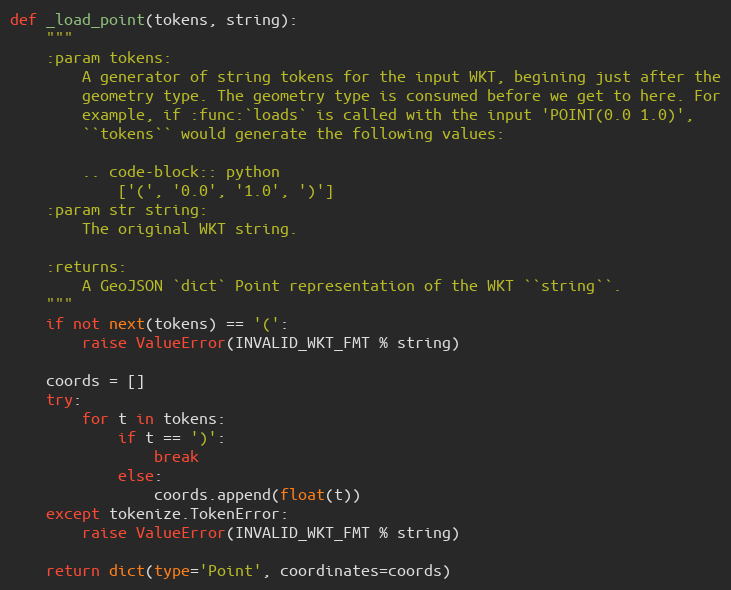
Language: Python
def _load_point(tokens, string):
    """
    :param tokens:
        A generator of string tokens for the input WKT, begining just after the
        geometry type. The geometry type is consumed before we get to here. For
        example, if :func:`loads` is called with the input 'POINT(0.0 1.0)',
        ``tokens`` would generate the following values:

        .. code-block:: python
            ['(', '0.0', '1.0', ')']
    :param str string:
        The original WKT string.

    :returns:
        A GeoJSON `dict` Point representation of the WKT ``string``.
    """
    if not next(tokens) == '(':
        raise ValueError(INVALID_WKT_FMT % string)

    coords = []
    try:
        for t in tokens:
            if t == ')':
                break
            else:
                coords.append(float(t))
    except tokenize.TokenError:
        raise ValueError(INVALID_WKT_FMT % string)

    return dict(type='Point', coordinates=coords)